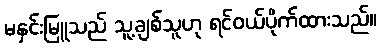
မနှင်းမြူသည် သူ့ချစ်သူဟု ရင်ဝယ်ပိုက်ထားသည်။